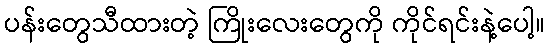
ပန်းတွေသီထားတဲ့ ကြိုးလေးတွေကို ကိုင်ရင်းနဲ့ပေါ့။